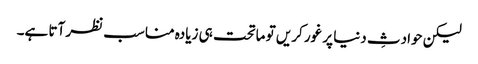
لیکن حوادثِ دنیا پر غور کریں تو ماتحت ہی زیادہ مناسب نظر آتا ہے۔